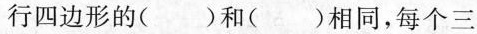
行四边形的( )和( )相同，每个三